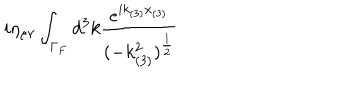
i \eta _ { \mu \nu } \int _ { \Gamma _ { F } } d ^ { 3 } k \frac { e ^ { i k _ { ( 3 ) } x _ { ( 3 ) } } } { ( - k _ { ( 3 ) } ^ { 2 } ) ^ { \frac { 1 } { 2 } } }